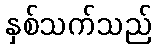
နှစ်သက်သည်